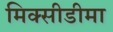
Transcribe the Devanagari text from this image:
मिक्सीडीमा